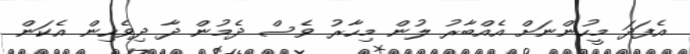
އެފަދަ މީހުންނަށް އެއްބާރު ލުން މިހާރު ވެސް ދެމުން ދާ ދިވެހިން އެކަން